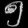
Digit: ၅